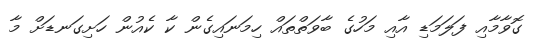
ގޮވާމާއި ފަލަމަޑި އާއި މަހުގެ ބާވަތްތައް ހިމަނައިގެން ކާ ކެއުން ހަށިގަނޑަށް މާ